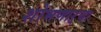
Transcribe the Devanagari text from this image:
शोभणाऱ्या